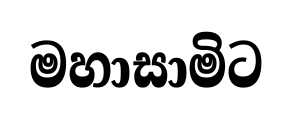
මහාසාමිට